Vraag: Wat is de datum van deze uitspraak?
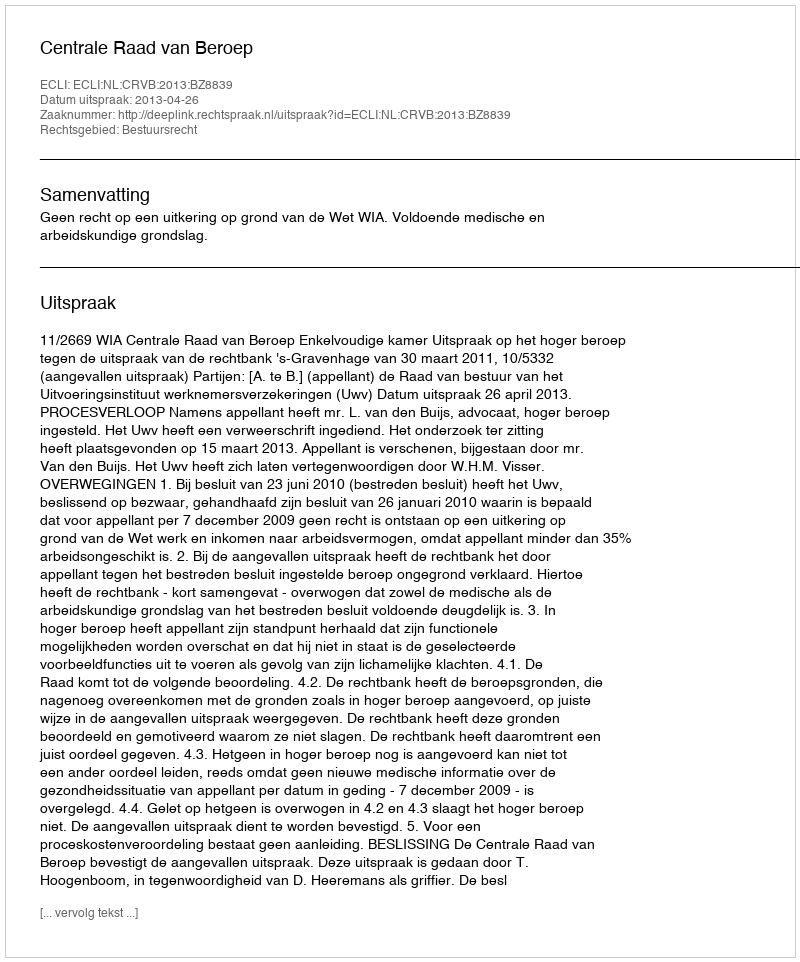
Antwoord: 2013-04-26